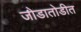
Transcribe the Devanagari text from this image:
जोडातोडीत